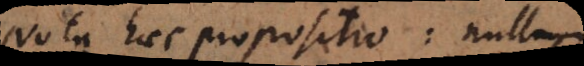
ota haec propositio nullum